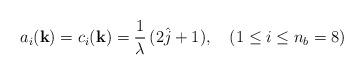
LaTeX: \begin{align*}a_{i}({\bf k})=c_{i}({\bf k})=\frac{1}{\lambda}\,(2\hat{j}+1),\quad (1\leq i\leq n_{b}=8)\end{align*}